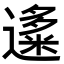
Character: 𬩍